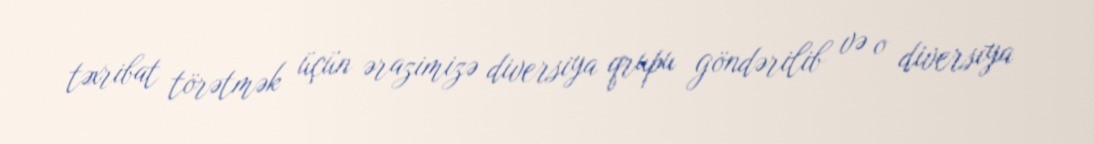
təxribat törətmək üçün ərazimizə diversiya qrupu göndərilib və o diversiya